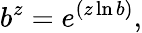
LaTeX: b^{z}=e^{(z\ln b)},